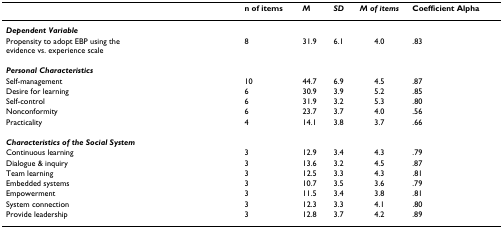
|  | n of items | M | SD | M of items | Coefficient Alpha |
 | --- | --- | --- | --- | --- | --- |
 | Dependent Variable |  |  |  |  |  |
 | Propensity to adopt EBP using the evidence vs. experience scale | 8 | 31.9 | 6.1 | 4.0 | .83 |
 | Personal Characteristics |  |  |  |  |  |
 | Self-management | 10 | 44.7 | 6.9 | 4.5 | .87 |
 | Desire for learning | 6 | 30.9 | 3.9 | 5.2 | .85 |
 | Self-control | 6 | 31.9 | 3.2 | 5.3 | .80 |
 | Nonconformity | 6 | 23.7 | 3.7 | 4.0 | .56 |
 | Practicality | 4 | 14.1 | 3.8 | 3.7 | .66 |
 | Characteristics of the Social System |  |  |  |  |  |
 | Continuous learning | 3 | 12.9 | 3.4 | 4.3 | .79 |
 | Dialogue & inquiry | 3 | 13.6 | 3.2 | 4.5 | .87 |
 | Team learning | 3 | 12.5 | 3.3 | 4.3 | .81 |
 | Embedded systems | 3 | 10.7 | 3.5 | 3.6 | .79 |
 | Empowerment | 3 | 11.5 | 3.4 | 3.8 | .81 |
 | System connection | 3 | 12.3 | 3.3 | 4.1 | .80 |
 | Provide leadership | 3 | 12.8 | 3.7 | 4.2 | .89 |